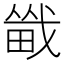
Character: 𪽚